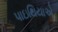
પાઇથિયાએ